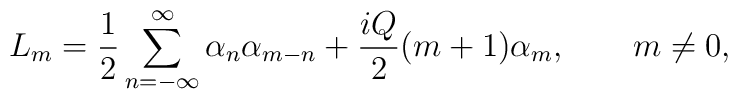
L_m = \frac{1}{2} \sum_{n=-\infty}^\infty \alpha_n \alpha_{m-n}+ \frac{i Q}{2} (m+1) \alpha_m ,\qquad m \neq 0,